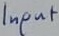
Text: Input